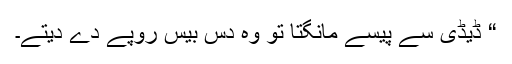
“ ڈیڈی سے پیسے مانگتا تو وہ دس بیس روپے دے دیتے۔